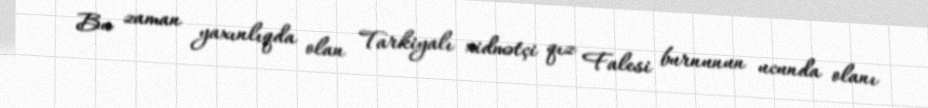
Bu zaman yaxınlıqda olan Tarkiyalı xidmətçi qız Falesi burnunun ucunda olanı